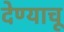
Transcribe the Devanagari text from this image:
देण्याचू